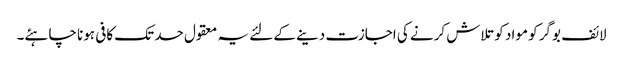
لائف بوگر کو مواد کو تلاش کرنے کی اجازت دینے کے لئے یہ معقول حد تک کافی ہونا چاہئے۔